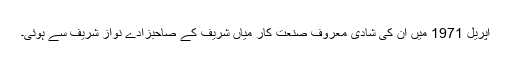
اپریل 1971 میں ان کی شادی معروف صنعت کار میاں شریف کے صاحبزادے نواز شریف سے ہوئی۔